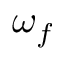
\omega _ { f }